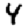
Digit: 4